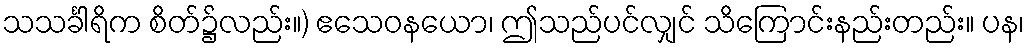
သသင်္ခါရိက စိတ်၌လည်း။) ဧသေဝနယော၊ ဤသည်ပင်လျှင် သိကြောင်းနည်းတည်း။ ပန၊